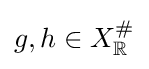
g,h\in X_{\mathbb {R} }^{\#}